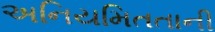
અનિયમિતતાની